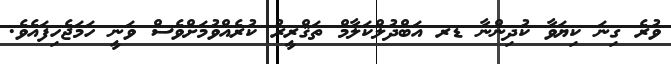
ވުރެ ގިނަ ކިޔަވާ ކުދިންނާ ޑރ އަބްދުލްކަލާމް ތަޤްރީރު ކުރެއްވުމަށްވެސް ވަނީ ހަމަޖެހިފައެވެ.